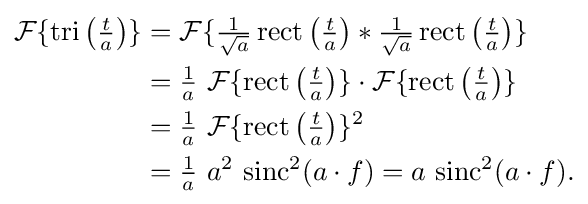
{\begin{aligned}{\mathcal {F}}\{\operatorname {tri} \left({\tfrac {t}{a}}\right)\}&={\mathcal {F}}\{{\tfrac {1}{\sqrt {a}}}\operatorname {rect} \left({\tfrac {t}{a}}\right)*{\tfrac {1}{\sqrt {a}}}\operatorname {rect} \left({\tfrac {t}{a}}\right)\}\\&={\tfrac {1}{a}}\ {\mathcal {F}}\{\operatorname {rect} \left({\tfrac {t}{a}}\right)\}\cdot {\mathcal {F}}\{\operatorname {rect} \left({\tfrac {t}{a}}\right)\}\\&={\tfrac {1}{a}}\ {\mathcal {F}}\{\operatorname {rect} \left({\tfrac {t}{a}}\right)\}^{2}\\&={\tfrac {1}{a}}\ {a}^{2}\ \mathrm {sinc} ^{2}(a\cdot f)={a}\ \mathrm {sinc} ^{2}(a\cdot f).\end{aligned}}